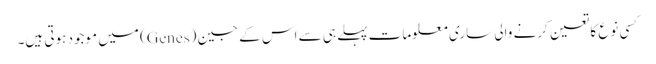
کسی نوع کا تعین کرنے والی ساری معلومات پہلے ہی سے اس کے جین (Genes) میں موجود ہوتی ہیں۔